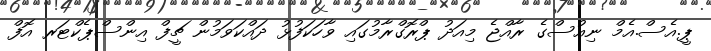
ޕީ.އެސް.އެމް ނިއުސްގެ ރާއްޖެ މިއަދު ޕްރޮގްރާމުގައި ވާހަކަފުޅު ދައްކަވަމުން ޗީފް އިންސްޕެކްޓަރ އޮފް